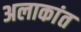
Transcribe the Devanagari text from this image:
अलाकांत